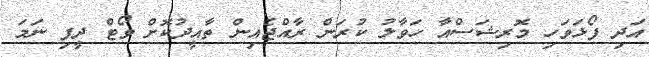
އަދި ފޯޅަވަހި މޮރިޝަސްއާ ހަވާލު ކުރަން ރާއްޖެއިން ތާއީދުކޮށް ވޯޓް ދީފި ނަމަ